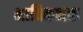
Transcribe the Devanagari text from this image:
भाविकभक्त